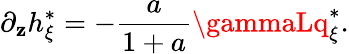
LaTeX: \partial_{\mathbf{z}}h_{\xi}^{*}=-\frac{{a}}{{1+a}}\gammaLq_{\xi}^{*}.